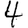
Digit: 4